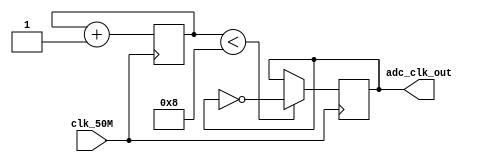
/*
# Team ID:          2396
# Theme:            AstroTinker Bot
# Author List:      Tanishka 
# Filename:         Frequency_Scaling
# File Description: Used to scale down frequency of main clock source for the ADC being used
# Global variables: None
*/

// Module Declaration
module Frequency_Scaling(
    input clk_50M,
    output reg adc_clk_out
);

// Declaring registers
reg [2:0] s_clk_counter = 0;

/*
Purpose:
For ADC Module 50Mhz to 3.125Mhz
*/	
always @(negedge clk_50M) begin
    if (s_clk_counter < 8) adc_clk_out = ~adc_clk_out;
    s_clk_counter = s_clk_counter + 1'b1;
end

endmodule